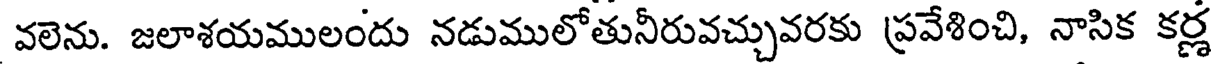
వలెను. జలాశయములందు నడుములోతునీరువచ్చువరకు ప్రవేశించి, నాసిక కర్ణ